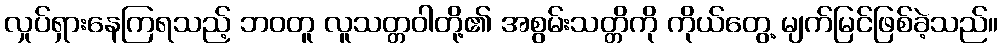
လှုပ်ရှားနေကြရသည့် ဘဝတူ လူသတ္တဝါတို့၏ အစွမ်းသတ္တိကို ကိုယ်တွေ့ မျက်မြင်ဖြစ်ခဲ့သည်။